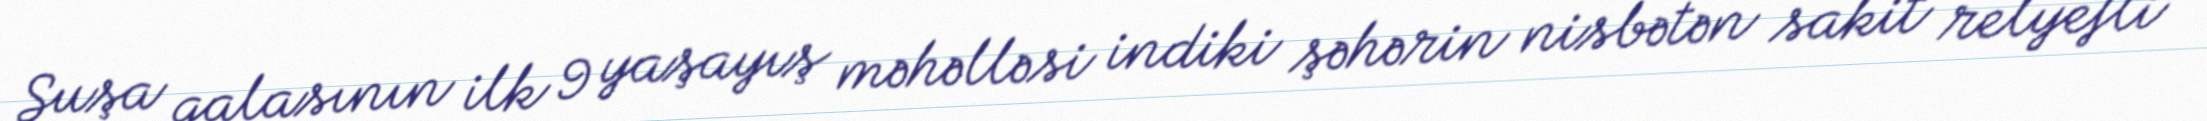
Şuşa qalasının ilk 9 yaşayış məhəlləsi indiki şəhərin nisbətən sakit relyefli